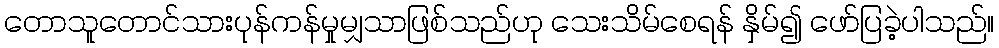
တောသူတောင်သားပုန်ကန်မှုမျှသာဖြစ်သည်ဟု သေးသိမ်စေရန် နှိမ်၍ ဖော်ပြခဲ့ပါသည်။